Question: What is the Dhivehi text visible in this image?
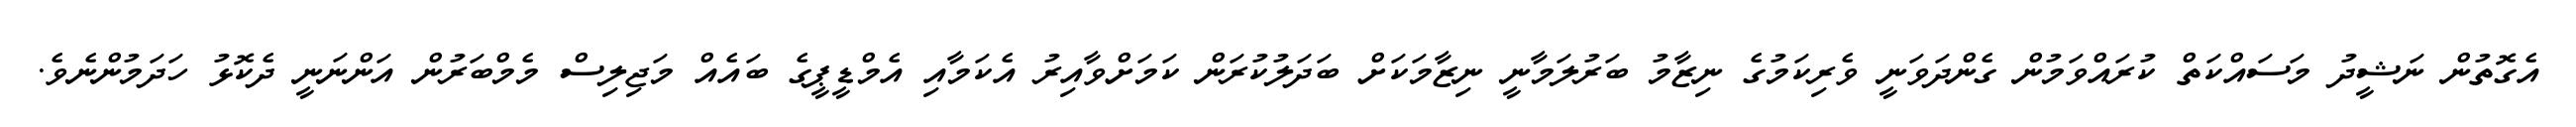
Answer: އެގޮތުން ނަޝީދު މަސައްކަތް ކުރައްވަމުން ގެންދަވަނީ ވެރިކަމުގެ ނިޒާމު ބަރުލަމާނީ ނިޒާމަކަށް ބަދަލުކުރަން ކަމަށްވާއިރު އެކަމާއި އެމްޑީޕީގެ ބައެއް މަޖިލިސް މެމްބަރުން އަންނަނީ ދެކޮޅު ހަދަމުންނެވެ.